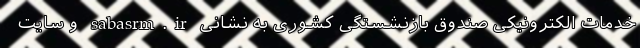
خدمات الکترونیکی صندوق بازنشستگی کشوری به نشانی sabasrm.ir و سایت